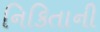
નિકિતાની